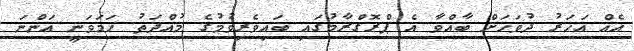
އެއް އަހަރު ދުވަހަށް ބާއްވާ އެ ޕްރޮގްރާމުގައި ބައިވެރިވުމުގެ މުއްދަތު ހަމަވަނީ އަންނަ